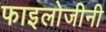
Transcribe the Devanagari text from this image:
फाइलोजीनी